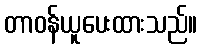
တာဝန်ယူပေးထားသည်။